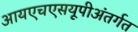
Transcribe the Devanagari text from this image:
आयएचएसयूपीअंतर्गत